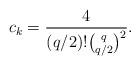
LaTeX: \begin{align*}c_{k}=\frac{4}{\left( q/2 \right)!{\binom q {q/2}}^{2}}.\end{align*}